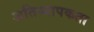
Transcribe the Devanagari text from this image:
अतिव्यापकता